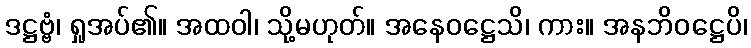
ဒဋ္ဌဗ္ဗံ၊ ရှုအပ်၏။ အထဝါ၊ သို့မဟုတ်။ အနေဝဋ္ဌေသိ၊ ကား။ အနဘိဝဋ္ဌေပိ၊